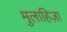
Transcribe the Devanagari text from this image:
मुलाहिज़ा